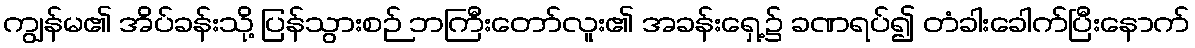
ကျွန်မ၏ အိပ်ခန်းသို့ ပြန်သွားစဉ် ဘကြီးတော်လူး၏ အခန်းရှေ့၌ ခဏရပ်၍ တံခါးခေါက်ပြီးနောက်